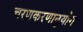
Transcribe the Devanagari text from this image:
चरणकरणानुयोग